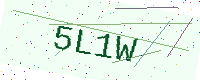
Text: 5L1W